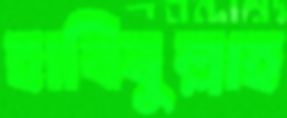
হাবিবুল্লাহ